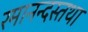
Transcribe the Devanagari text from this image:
रमानन्दस्तथा